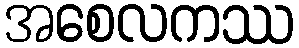
အစေလကဿ